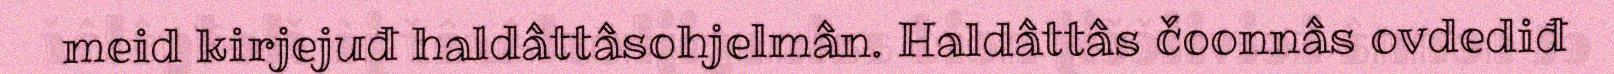
meid kirjejuđ haldâttâsohjelmân. Haldâttâs čoonnâs ovdediđ